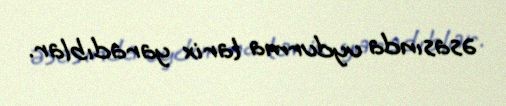
əsasında uydurma tarix yaradıblar.